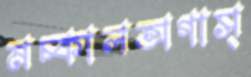
মচ্‌কালঅগাস্